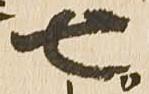
七